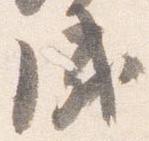
成